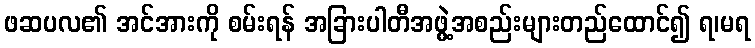
ဖဆပလ၏ အင်အားကို စမ်းရန် အခြားပါတီအဖွဲ့အစည်းများတည်ထောင်၍ ရ၊မရ